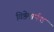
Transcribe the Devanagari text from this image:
विष्ठेमार्फत